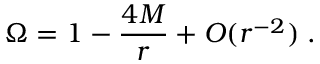
\Omega = 1 - \frac { 4 M } { r } + { \cal O } ( r ^ { - 2 } ) \; .